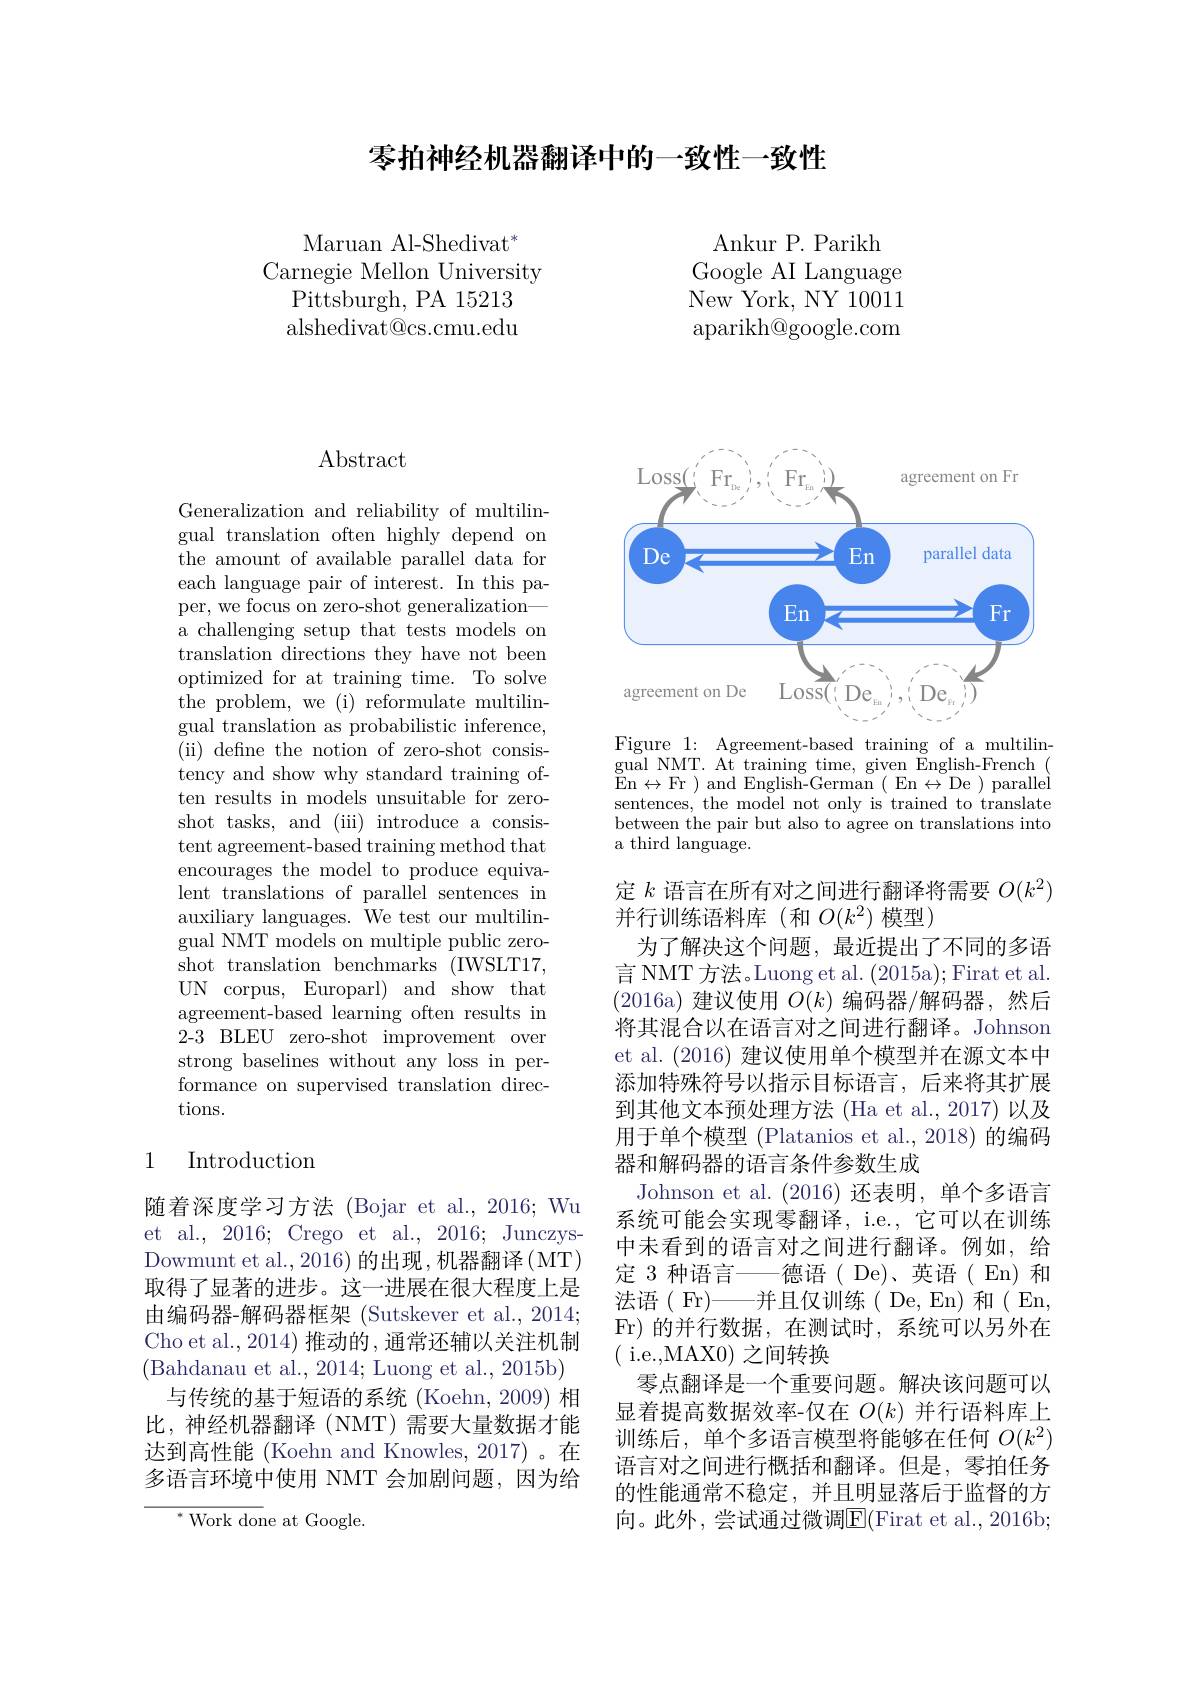
零拍神经机器翻译中的一致性一致性

$\mathrm{Maruan~Al-Shedivat}^{*}$
Carnegie Mellon University
Pittsburgh, PA 15213 alshedivat@cs.cmu.edu

Ankur P. Parikh
Google AI Language New York, NY 10011 aparikh@google.com

## Abstract

Generalization and reliability of multilingual translation often highly depend on the amount of available parallel data for each language pair of interest. In this paper, we focus on zero-shot generalization— a challenging setup that tests models on translation directions they have not been optimized for at training time. To solve the problem, we (i) reformulate multilingual translation as probabilistic inference, ( ii) define the notion of zero- shot consis- tency and show why standard training often results in models unsuitable for zeroshot tasks, and (iii) introduce a consistent agreement-based training method that encourages the model to produce equivalent translations of parallel sentences in auxiliary languages. We test our multilingual NMT models on multiple public zeroshot translation benchmarks (IWSLT17, UN corpus, Europarl) and show that agreement-based learning often results in $\bar{\text{2-3}}$ BLEU zero-shot improvement over strong baselines without any loss in performance on supervised translation directions.

# 1 Introduction

随着深度学习方法 (Bojar et al.,2016; Wu et al., 2016; Crego et al., 2016; JunczysDowmunt et al., 2016) 的出现，机器翻译( MT) 取得了显著的进步。这一进展在很大程度上是由编码器-解码器框架 (Sutskever et al., 2014; Cho et al., 2014) 推动的，通常还辅以关注机制(Bahdanau et al., 2014; Luong et al., 2015b)
与传统的基于短语的系统(Koehn, 2009) 相比，神经机器翻译(NMT)需要大量数据才能达到高性能 (Koehn and Knowles, 2017)。在多语言环境中使用 NMT 会加剧问题，因为给
${^{*}\mathrm{~Work~don}}$e at Google

<FigureHere>

Figure 1: Agreement-based training of a multilingual NMT. At training time, given English-French ( $\bar{E}$n$\leftrightarrow$Fr ) and English- German ( En$\leftrightarrow$ De ) parallei sentences, the model not only is trained to translate between the pair but also to agree on translations into a third language.

定$k$语言在所有对之间进行翻译将需要$O(k^2)$
并行训练语料库(和$O(k^2)$模型)
为了解决这个问题，最近提出了不同的多语言 NMT 方法。Luong et al. (2015a); Firat et al. (2016a)建议使用$O(k)$编码器/解码器，然后将其混合以在语言对之间进行翻译。Johnson et al. (2016)建议使用单个模型并在源文本中添加特殊符号以指示目标语言，后来将其扩展到其他文本预处理方法 (Ha et al., 2017) 以及用于单个模型 (Platanios et al., 2018) 的编码器和解码器的语言条件参数生成
Johnson et al. (2016)还表明，单个多语言系统可能会实现零翻译，i.e., 它可以在训练中未看到的语言对之间进行翻译。例如，给定 3 种语言——德语( De)、英语( En) 和法语( Fr)——并且仅训练( De, En) 和( En, Fr)的并行数据，在测试时，系统可以另外在( i.e.,MAX0) 之间转换
零点翻译是一个重要问题。解决该问题可以显着提高数据效率-仅在$O(k)$并行语料库上训练后，单个多语言模型将能够在任何$O(k^2)$ 语言对之间进行概括和翻译。但是，零拍任务的性能通常不稳定，并且明显落后于监督的方向。此外，尝试通过微调E(Firat et al.,2016b;